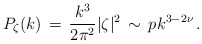
\begin{align*}P_{\zeta}(k) \, = \, {{k^3} \over {2 \pi^2}} |\zeta|^2 \, \sim \, p k^{3 - 2\nu} \, .\end{align*}